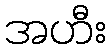
အဟီး